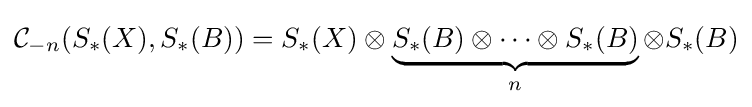
{\mathcal {C}}_{-n}(S_{\ast }(X),S_{\ast }(B))=S_{\ast }(X)\otimes \underbrace {S_{\ast }(B)\otimes \cdots \otimes S_{\ast }(B)} _{n}\otimes S_{\ast }(B)